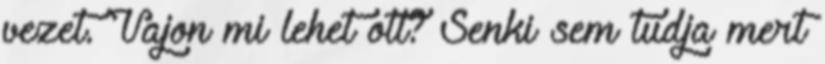
vezet. Vajon mi lehet ott? Senki sem tudja mert